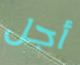
أجل